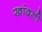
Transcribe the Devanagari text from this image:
खांदली